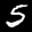
Label: 5